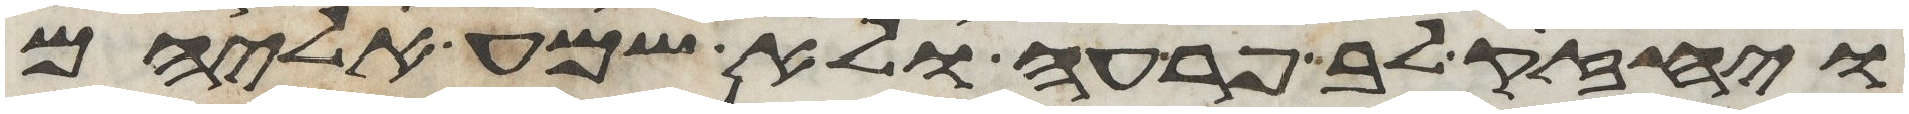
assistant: ויחזק לב פרעה ולא שמע אליהם